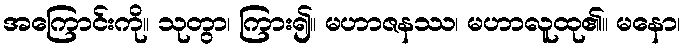
အကြောင်းကို။ သုတွာ၊ ကြား၍။ မဟာဇနဿ၊ မဟာလူထု၏။ မနော၊